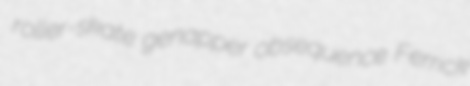
roller-skate genapper obsequence Ferrick